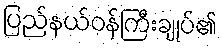
ပြည်နယ်ဝန်ကြီးချုပ်၏